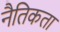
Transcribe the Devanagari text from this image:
नैतिकता